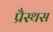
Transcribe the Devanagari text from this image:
प्रैस्थस